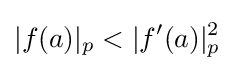
|f(a)|_{p}<|f'(a)|_{p}^{2}